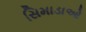
સિમાડાઓ